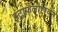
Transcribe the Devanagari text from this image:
इंट्रोफ़ैलोपियन